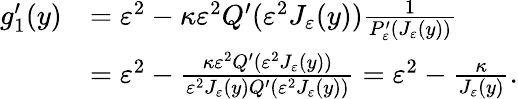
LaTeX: \begin{array}{rl}{g_{1}^{\prime}(y)}&{=\varepsilon^{2}-\kappa\varepsilon^{2}Q^{\prime}(\varepsilon^{2}J_{\varepsilon}(y))\frac{1}{P_{\varepsilon}^{\prime}(J_{\varepsilon}(y))}}\\ &{=\varepsilon^{2}-\frac{\kappa\varepsilon^{2}Q^{\prime}(\varepsilon^{2}J_{\varepsilon}(y))}{\varepsilon^{2}J_{\varepsilon}(y)Q^{\prime}(\varepsilon^{2}J_{\varepsilon}(y))}=\varepsilon^{2}-\frac{\kappa}{J_{\varepsilon}(y)}.}\end{array}